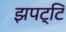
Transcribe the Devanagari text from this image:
झपट्टि